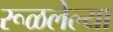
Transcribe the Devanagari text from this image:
रूळलेल्या